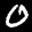
Label: 0